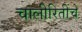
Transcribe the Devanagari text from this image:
चालीरितींचे